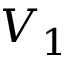
V _ { 1 }